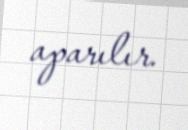
aparılır.